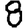
Digit: 8